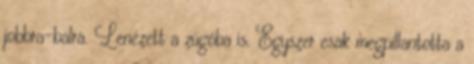
jobbra-balra. Lenézett a zúgóba is. Egyszer csak megpillantotta a